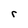
Character: r